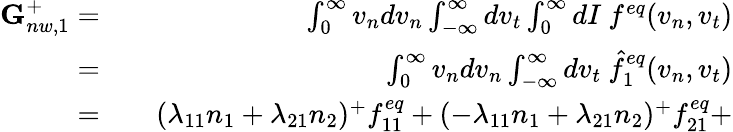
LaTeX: \begin{array}{rlr}{\textbf{G}_{nw,1}^{+}=}&{{}}&{\int_{0}^{\infty}v_{n}dv_{n}\int_{-\infty}^{\infty}dv_{t}\int_{0}^{\infty}dI\ f^{eq}(v_{n},v_{t})}\\ {=}&{{}}&{\int_{0}^{\infty}v_{n}dv_{n}\int_{-\infty}^{\infty}dv_{t}\ \hat{f}_{1}^{eq}(v_{n},v_{t})}\\ {=}&{{}}&{(\lambda_{11}n_{1}+\lambda_{21}n_{2})^{+}f_{11}^{eq}+(-\lambda_{11}n_{1}+\lambda_{21}n_{2})^{+}f_{21}^{eq}+}\end{array}